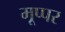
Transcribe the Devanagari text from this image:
मूप्पर